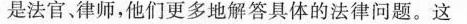
是法官、律师，他们更多地解答具体的法律问题。这